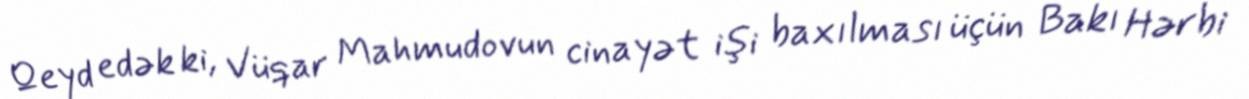
Qeyd edək ki, Vüqar Mahmudovun cinayət işi baxılması üçün Bakı Hərbi